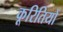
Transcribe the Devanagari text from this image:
कूरितियों